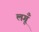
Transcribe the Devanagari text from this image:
लगूँ